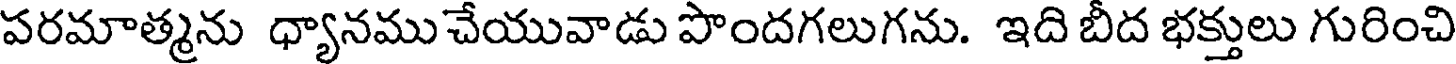
పరమాత్మను ధ్యానము చేయువాడు పొందగలుగను. ఇది బీద భక్తులు గురించి